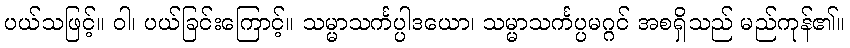
ပယ်သဖြင့်။ ဝါ၊ ပယ်ခြင်းကြောင့်။ သမ္မာသင်္ကပ္ပါဒယော၊ သမ္မာသင်္ကပ္ပမဂ္ဂင် အစရှိသည် မည်ကုန်၏။